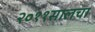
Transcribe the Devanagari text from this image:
२०११सालचा